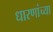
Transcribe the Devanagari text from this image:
धारणांच्या